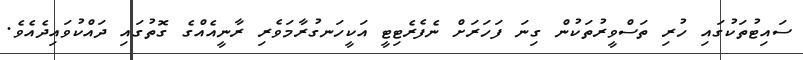
ސައިޓުތަކުގައި ހުރި ތަސްވީރުތަކުން ގިނަ ފަހަރަށް ނެފެރެޓިޓީ އަކީހަނގުރާމަވެރި ރާނީއެއްގެ ގޮތުގައި ދައްކުވައިދެއެވެ.